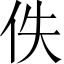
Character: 佚